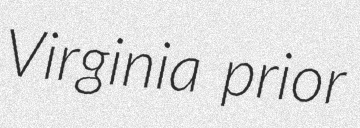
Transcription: Virginia prior